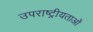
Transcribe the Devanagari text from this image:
उपराष्ट्रीयताओं